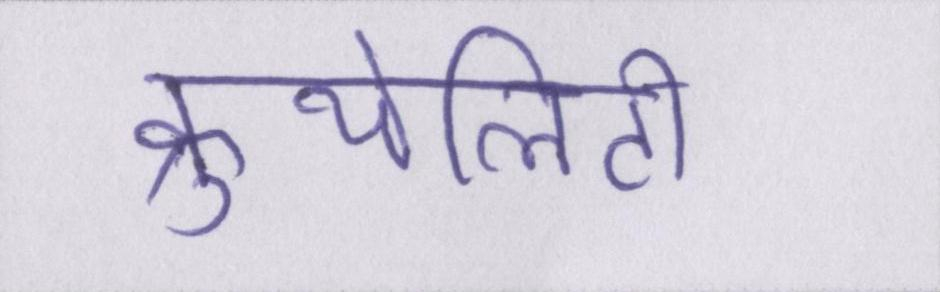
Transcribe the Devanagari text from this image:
क्रुयेलिटी